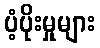
ပံ့ပိုးမှုများ